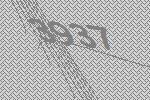
3937